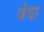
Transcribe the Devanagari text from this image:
जेया